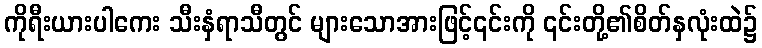
ကိုရီးယားပါကေး သီးနှံရာသီတွင် များသောအားဖြင့်၎င်းကို ၎င်းတို့၏စိတ်နှလုံးထဲ၌